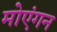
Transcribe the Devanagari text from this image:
मोएंगन